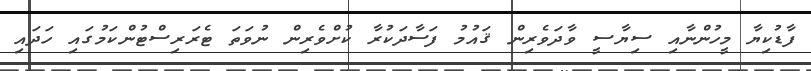
ފާޑުކިޔާ މީހުންނާއި ސިޔާސީ ވާދަވެރިން ޤައުމު ފަސާދަކުރާ ކުށްވެރިން ނުވަތަ ޓެރަރިސްޓުންކަމުގައި ހަދައި